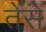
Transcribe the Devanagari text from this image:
तेसे